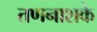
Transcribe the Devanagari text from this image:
तणनाशके